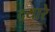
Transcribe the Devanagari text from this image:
दयारे